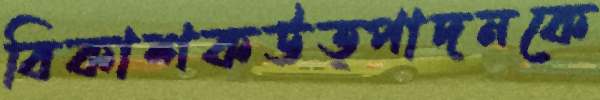
বিকাশকউত্পাদনকে